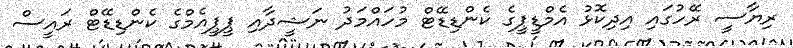
ރިޔާސީ ރޭހުގައި އިދިކޮޅު އެމްޑީޕީގެ ކެންޑިޑޭޓް މުހައްމަދު ނަޝީދާއި ޕީޕީއެމްގެ ކެންޑިޑޭޓް ރައީސް